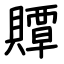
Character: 贉